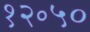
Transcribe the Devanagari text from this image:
१२॰५०